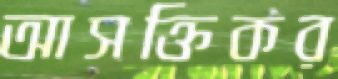
আসক্তিকর